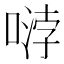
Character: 𱓿